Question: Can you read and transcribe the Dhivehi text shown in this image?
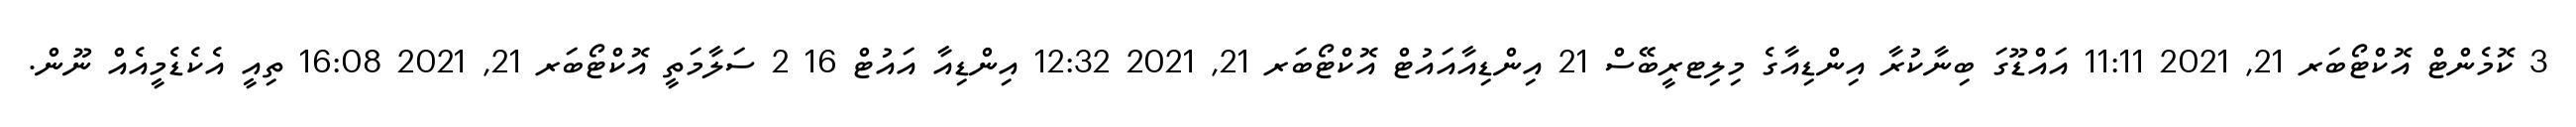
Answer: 3 ކޮމެންޓް އޮކްޓޯބަރ 21, 2021 11:11 އައްޑޫގަ ބިނާކުރާ އިންޑިއާގެ މިލިޓރީބޭސް 21 އިންޑިއާއައުޓް އޮކްޓޯބަރ 21, 2021 12:32 އިންޑިއާ އައުޓް 16 2 ސަލާމަތީ އޮކްޓޯބަރ 21, 2021 16:08 ތިއީ އެކެޑެމީއެއް ނޫން.